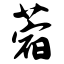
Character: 蓿